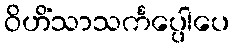
ဝိဟိံသာသင်္ကပ္ပေါပေ